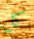
كل